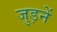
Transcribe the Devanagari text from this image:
जुड़नें